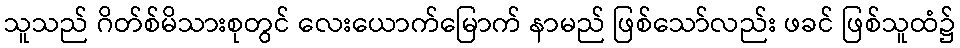
သူသည် ဂိတ်စ်မိသားစုတွင် လေးယောက်မြောက် နာမည် ဖြစ်သော်လည်း ဖခင် ဖြစ်သူထံ၌